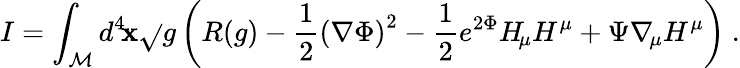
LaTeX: I=\int_{\cal{M}}d^{4}\! \mathbf{x}\sqrt{}{{g}}\left(R(g)-{\frac{{1}}{{2}}}\left(\nabla\Phi\right)^{2}-{\frac{{1}}{{2}}}e^{2\Phi}H_{\! \mu}H^{\mu}+\Psi\nabla_{\! \mu}H^{\mu}\right)\ .